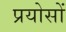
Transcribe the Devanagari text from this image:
प्रयोसों